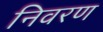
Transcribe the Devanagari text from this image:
निवरण